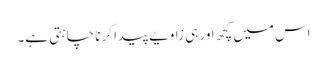
اس میں کچھ اور ہی زاویے پیدا کرنا چاہتی ہے۔